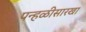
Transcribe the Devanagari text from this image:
पन्हळीसारखा